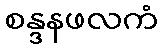
စန္ဒနဖလကံ